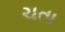
ચતા